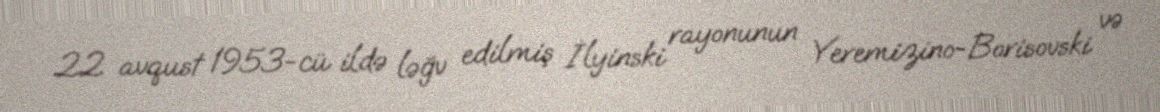
22 avqust 1953-cü ildə ləğv edilmiş İlyinski rayonunun Yeremizino-Borisovski və